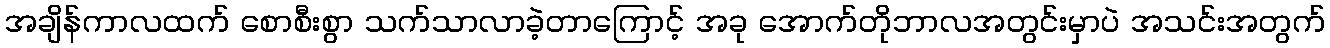
အချိန်ကာလထက် စောစီးစွာ သက်သာလာခဲ့တာကြောင့် အခု အောက်တိုဘာလအတွင်းမှာပဲ အသင်းအတွက်